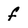
Character: f